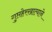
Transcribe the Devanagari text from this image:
गुप्तहेरखात्याने